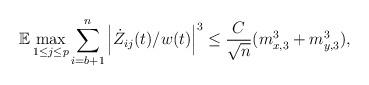
LaTeX: \begin{align*}\mathbb{E} \max_{1 \leq j \leq p} \sum_{i=b+1}^n \left| \dot{Z}_{ij}(t)/w(t)\right|^3 \leq \frac{C}{\sqrt{n}} (m_{x,3}^3+m_{y,3}^3),\end{align*}